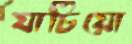
যাচিয়ো